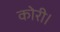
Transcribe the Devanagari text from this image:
कोरी।